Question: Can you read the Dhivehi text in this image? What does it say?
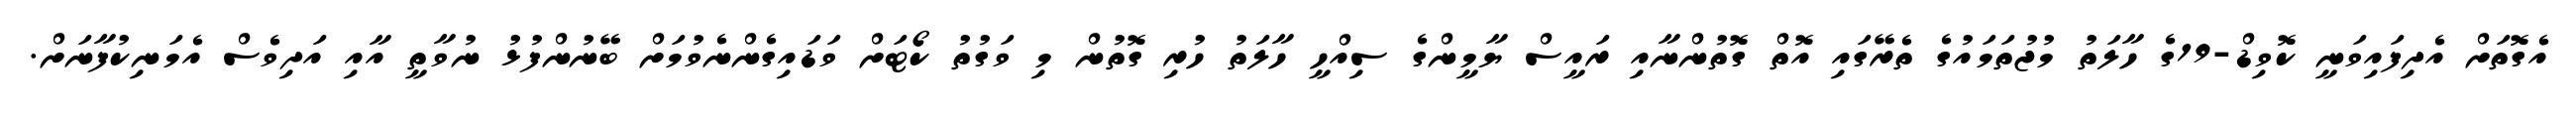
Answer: އެގޮތަށް އެދިފައިވަނީ ކޮވިޑް-19ގެ ހާލަތު މުޖުތަމައުގެ ތެރޭގައި އޮތް ގޮތުންނާއި ރައީސް ޔާމީންގެ ސިއްހީ ހާލަތު ހުރި ގޮތުން މި ވަގުތު ކޯޓަށް ވަޑައިގެންނެވުމަށް ބޭނުންފުޅު ނުވާތީ އާއި އަދިވެސް އެމަނިކުފާނަށް.